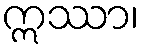
ဣဿာ၊